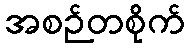
အစဉ်တစိုက်